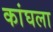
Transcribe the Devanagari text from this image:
कांघला